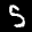
Label: 5